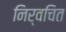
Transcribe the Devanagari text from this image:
निर्वचित